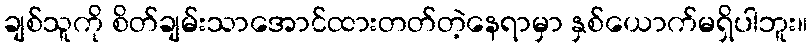
ချစ်သူကို စိတ်ချမ်းသာအောင်ထားတတ်တဲ့နေရာမှာ နှစ်ယောက်မရှိပါဘူး။